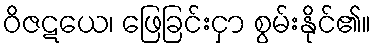
ဝိဇဋယေ၊ ဖြေခြင်းငှာ စွမ်းနိုင်၏။